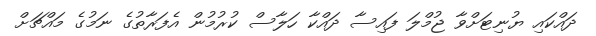
ދައްކައި ޔުނިޓަށްވާ ޖުމްލަ ފައިސާ ދައްކާ ހަލާސް ކުރުމުން އެފަރާތުގެ ނަމުގެ މައްޗަށް